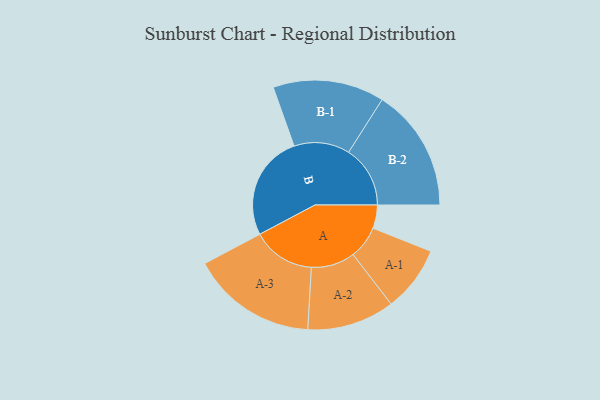
{"axis": {"x": "Segment", "y": "Value"}, "legend": ["", "A", "B"], "data": [{"x": "A", "y": 107, "type": ""}, {"x": "B", "y": 484, "type": ""}, {"x": "A-1", "y": 151, "type": "A"}, {"x": "A-2", "y": 201, "type": "A"}, {"x": "A-3", "y": 289, "type": "A"}, {"x": "B-1", "y": 256, "type": "B"}, {"x": "B-2", "y": 283, "type": "B"}]}